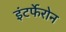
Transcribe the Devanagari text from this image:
इंटर्फेरोन